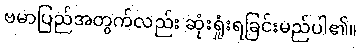
ဗမာပြည်အတွက်လည်း ဆုံးရှုံးရခြင်းမည်ပါ၏။